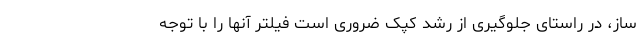
ساز، در راستای جلوگیری از رشد کپک ضروری است فیلتر آنها را با توجه